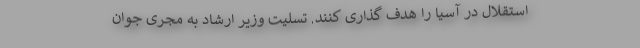
استقلال در آسیا را هدف گذاری کنند. تسلیت وزیر ارشاد به مجری جوان